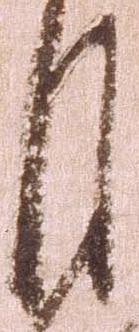
月